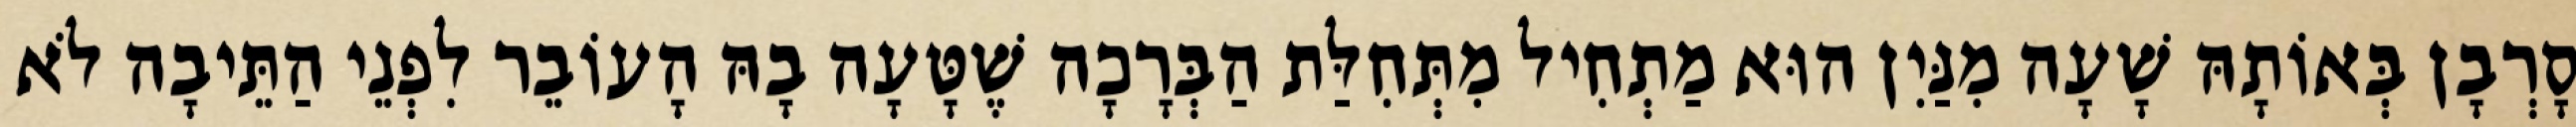
סָרְבָן בְּאוֹתָהּ שָׁעָה מִנַּיִן הוּא מַתְחִיל מִתְּחִלַּת הַבְּרָכָה שֶׁטָּעָה בָהּ הָעוֹבֵר לִפְנֵי הַתֵּיבָה לֹא